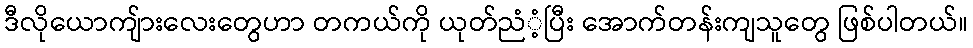
ဒီလိုယောကျ်ားလေးတွေဟာ တကယ်ကို ယုတ်ညံံ့ပြီး အောက်တန်းကျသူတွေ ဖြစ်ပါတယ်။